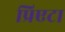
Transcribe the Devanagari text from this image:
प्रिएटा